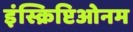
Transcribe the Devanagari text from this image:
इंस्क्रिप्टिओनम